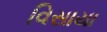
વિસાયા